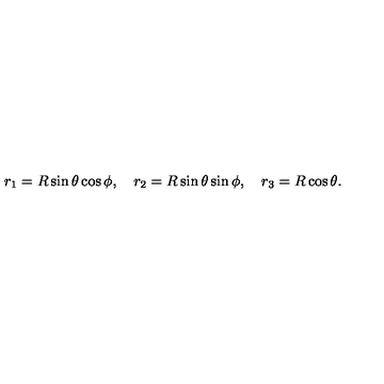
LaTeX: r _ { 1 } = R \sin \theta \cos \phi , \quad r _ { 2 } = R \sin \theta \sin \phi , \quad r _ { 3 } = R \cos \theta .